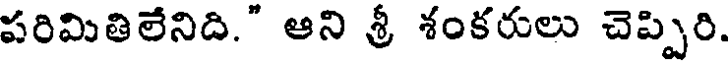
పరిమితిలేనిది." ఆని శ్రీ శంకరులు చెప్పిరి.